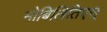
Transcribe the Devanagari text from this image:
मोबिलितिएस्